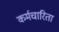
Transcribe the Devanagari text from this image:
कर्मचारिता